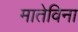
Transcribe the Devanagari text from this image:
मातेविना